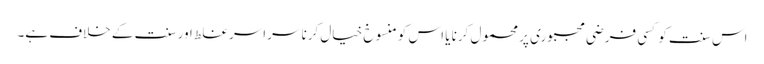
اس سنت کو کسی فرضی مجبوری پر محمول کرنا یا اس کو منسوخ خیال کرنا سراسر غلط اور سنت کے خلاف ہے۔